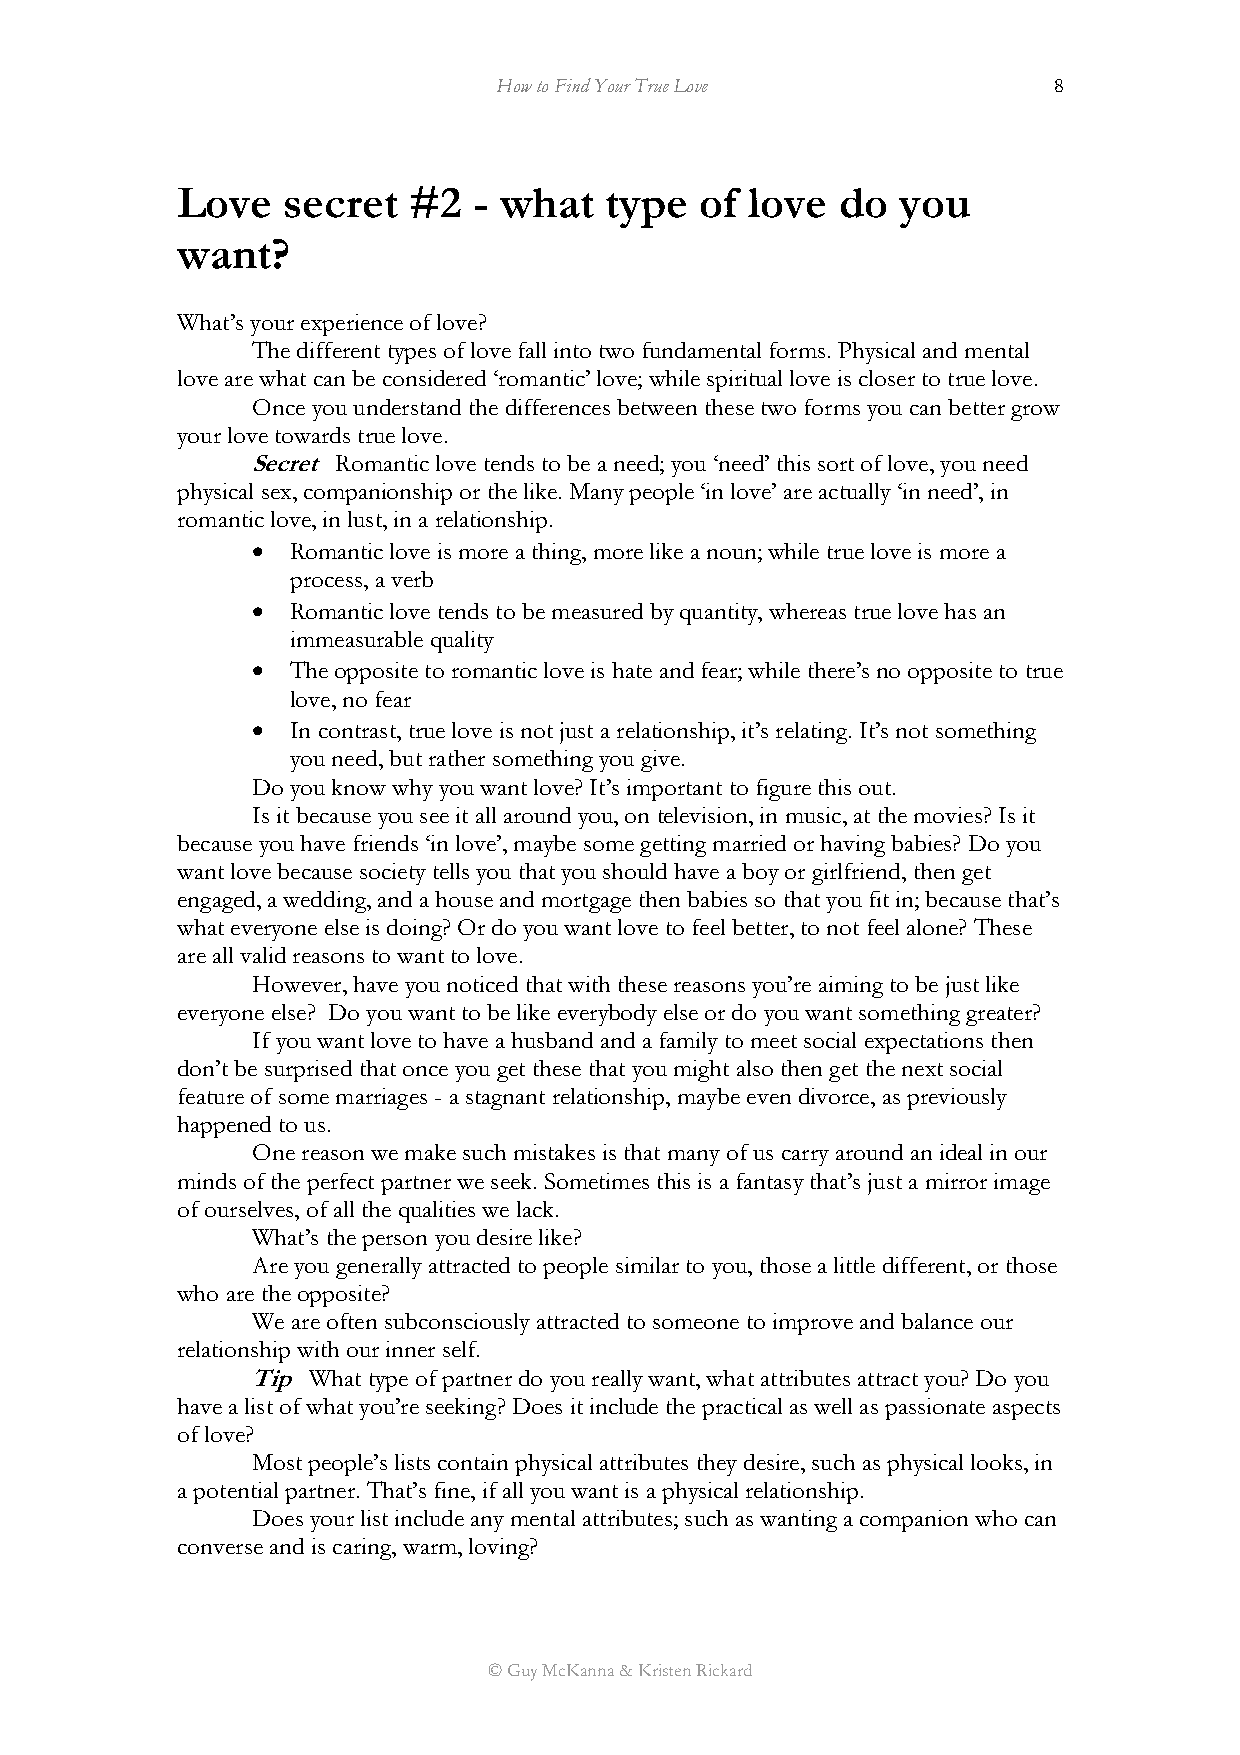
How to Find Your True Love           8
 Love   secret  #2  - what   type  of  love  do  you
 want?
 What’s your experience of love?
 The different types of love fall into two fundamental forms. Physical and mental
 love are what can be considered ‘romantic’ love; while spiritual love is closer to true love.
 Once you understand the differences between these two forms you can better grow
 your love towards true love.
 Secret Romantic love tends to be a need; you ‘need’ this sort of love, you need
 physical sex, companionship or the like. Many people ‘in love’ are actually ‘in need’, in
 romantic love, in lust, in a relationship.
 • Romantic love is more a thing, more like a noun; while true love is more a
 process, a verb
 • Romantic love tends to be measured by quantity, whereas true love has an
 immeasurable quality
 • The opposite to romantic love is hate and fear; while there’s no opposite to true
 love, no fear
 • In contrast, true love is not just a relationship, it’s relating. It’s not something
 you need, but rather something you give.
 Do you know why you want love? It’s important to figure this out.
 Is it because you see it all around you, on television, in music, at the movies? Is it
 because you have friends ‘in love’, maybe some getting married or having babies? Do you
 want love because society tells you that you should have a boy or girlfriend, then get
 engaged, a wedding, and a house and mortgage then babies so that you fit in; because that’s
 what everyone else is doing? Or do you want love to feel better, to not feel alone? These
 are all valid reasons to want to love.
 However, have you noticed that with these reasons you’re aiming to be just like
 everyone else? Do you want to be like everybody else or do you want something greater?
 If you want love to have a husband and a family to meet social expectations then
 don’t be surprised that once you get these that you might also then get the next social
 feature of some marriages - a stagnant relationship, maybe even divorce, as previously
 happened to us.
 One reason we make such mistakes is that many of us carry around an ideal in our
 minds of the perfect partner we seek. Sometimes this is a fantasy that’s just a mirror image
 of ourselves, of all the qualities we lack.
 What’s the person you desire like?
 Are you generally attracted to people similar to you, those a little different, or those
 who are the opposite?
 We are often subconsciously attracted to someone to improve and balance our
 relationship with our inner self.
 Tip What type of partner do you really want, what attributes attract you? Do you
 have a list of what you’re seeking? Does it include the practical as well as passionate aspects
 of love?
 Most people’s lists contain physical attributes they desire, such as physical looks, in
 a potential partner. That’s fine, if all you want is a physical relationship.
 Does your list include any mental attributes; such as wanting a companion who can
 converse and is caring, warm, loving?
 © Guy McKanna & Kristen Rickard